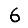
Digit: 6